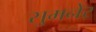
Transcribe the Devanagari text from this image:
सुमनेर